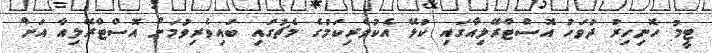
ޓީމު ހޮނިހިރު ދުވަހު އޮސްޓްރޭލިއާގައި ކުޅޭ އެކުވެރިކަމުގެ މެޗުގައި ބައިވެރިވުމަށް އޮސްޓްރޭލިއާ އަށް